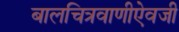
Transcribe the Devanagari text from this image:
बालचित्रवाणीऐवजी